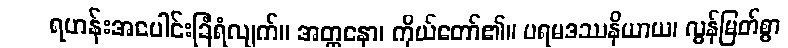
ရဟန်းအပေါင်းခြံရံလျက်။ အတ္တနော၊ ကိုယ်တော်၏။ ပရမဒဿနိယာယ၊ လွန်မြတ်စွာ